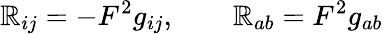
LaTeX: \mathbb{R}_{ij}=-F^{2}g_{ij},\qquad\mathbb{R}_{ab}=F^{2}g_{ab}